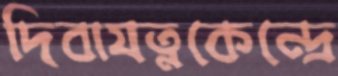
দিবাযত্নকেন্দ্রে